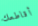
أقاطعك